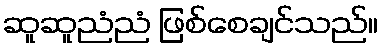
ဆူဆူညံညံ ဖြစ်စေချင်သည်။